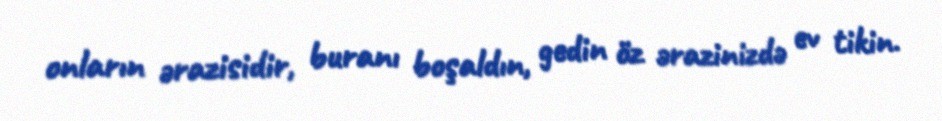
onların ərazisidir, buranı boşaldın, gedin öz ərazinizdə ev tikin.